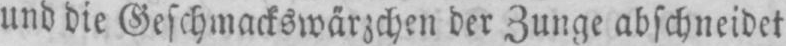
und die Geschmackswärzchen der Zunge abschneidet